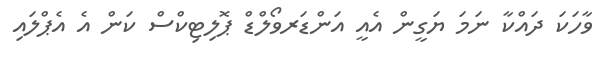
ވާހަކަ ދައްކާ ނަމަ ޔަގީން އެއީ އަންޑަރވޯލްޑް ޕޮލިޓިކްސް ކަން އެ އެޕްލައި